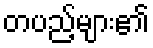
တပည့်များ၏